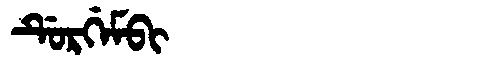
Manchu: ᡩᡠᡵᡤᡝᠮᠪᡳ
Romanization: DURGEMBI